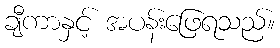
ချီကာနှင့် အပန်းဖြေရသည်။